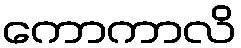
ကောကာလိ